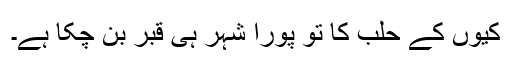
کیوں کے حلب کا تو پورا شہر ہی قبر بن چکا ہے۔